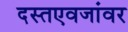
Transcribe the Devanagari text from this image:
दस्तएवजांवर